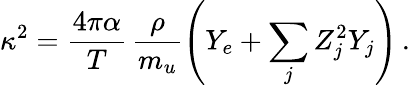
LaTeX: \kappa^{2}=\frac{4\pi\alpha}{T}\, \frac{\rho}{m_{u}}\left(Y_{e}+\sum_{j}Z_{j}^{2}Y_{j}\right)\, .